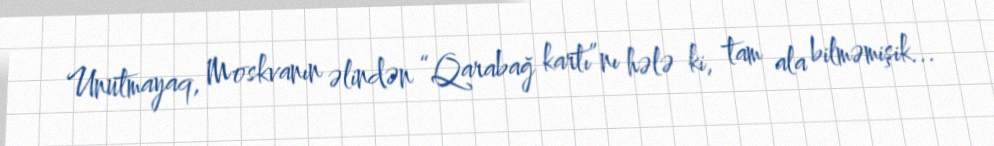
Unutmayaq, Moskvanın əlindən “Qarabağ kartı”nı hələ ki, tam ala bilməmişik...